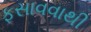
ફસાવવાથી